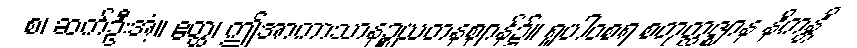
စ၊ ဆက်ဦးအံ့။ ဧတ္ထ၊ ဤအာကာသာနဉ္စယတနဈာန်၌။ ရူပါဝစရ စတုတ္ထဇ္ဈာန နိကန္တိ